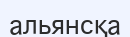
альянсқа